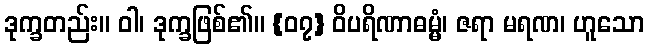
ဒုက္ခတည်း။ ဝါ၊ ဒုက္ခဖြစ်၏။ {၀၇} ဝိပရိဏာဓမ္မံ၊ ဇရာ မရဏ၊ ဟူသော